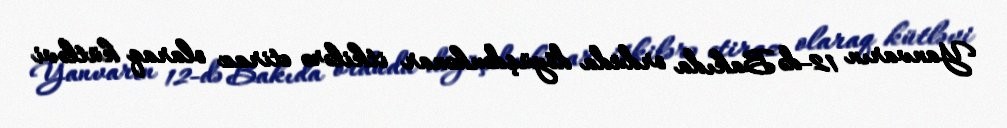
Yanvarın 12-də Bakıda orduda döyüşdənkənar itkilərə etiraz olaraq kütləvi